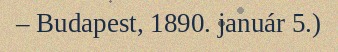
– Budapest, 1890. január 5.)